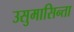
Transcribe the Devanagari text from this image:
उसुमासिन्ता